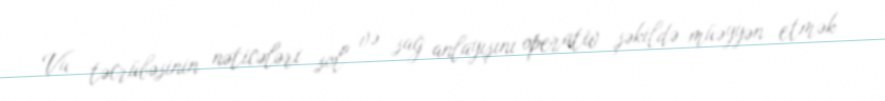
Vu təcrübəsinin nəticələri sol və sağ anlayışını operativ şəkildə müəyyən etmək